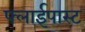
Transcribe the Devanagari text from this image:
फ्लाईपास्ट